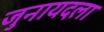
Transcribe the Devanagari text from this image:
जुनायदला